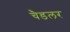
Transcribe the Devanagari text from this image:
चैडलर